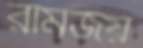
রামজয়